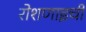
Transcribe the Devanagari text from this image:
रोशणाइची